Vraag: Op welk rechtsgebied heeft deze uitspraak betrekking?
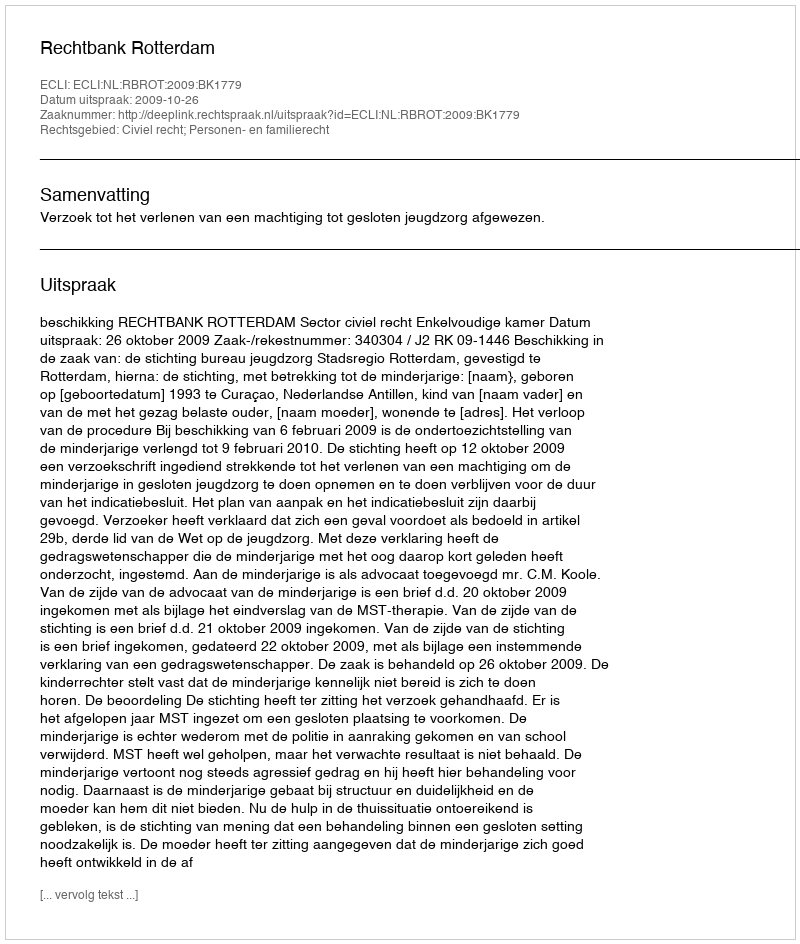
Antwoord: Civiel recht; Personen- en familierecht